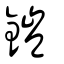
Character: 鎧